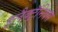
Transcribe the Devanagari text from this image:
इलैक्ट्रॅनिक्स